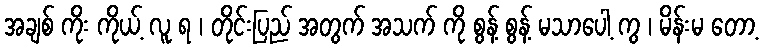
အချစ် ကိုး ကိုယ့် လူ ရ ၊ တိုင်းပြည် အတွက် အသက် ကို စွန့် စွန့် မသာပေါ့ ကွ ၊ မိန်းမ တော့